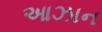
આઝાન